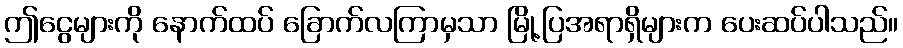
ဤငွေများကို နောက်ထပ် ခြောက်လကြာမှသာ မြို့ပြအရာရှိများက ပေးဆပ်ပါသည်။